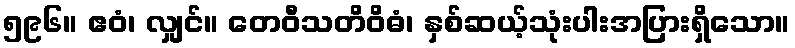
၅၉၆။ ဧဝံ၊ လျှင်။ တေဝီသတိဝိဓံ၊ နှစ်ဆယ့်သုံးပါးအပြားရှိသော။